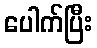
ပေါက်ပြီး